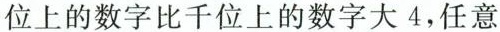
位上的数字比千位上的数字大4，任意